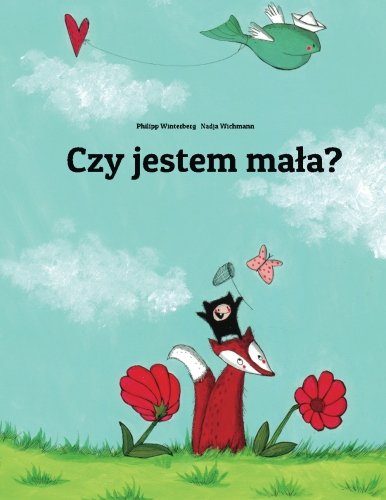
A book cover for Czy jestem mala?: Historia obrazkowa autorstwa Philippa Winterberga I Nadji Wichmann. (Polish Edition); Philipp Winterberg; Children's Books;